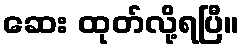
ဆေး ထုတ်လို့ရပြီ။